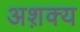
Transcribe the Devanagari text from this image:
अश़क्य